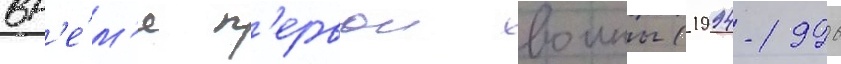
вр'е́м'я п'ервои воины (1994-1996